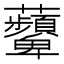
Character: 𧅵